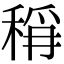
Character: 𮃎